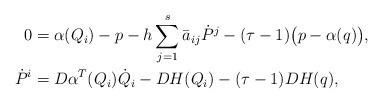
LaTeX: \begin{align*}0 &= \alpha(Q_i) - p - h \sum_{j=1}^s \bar a_{ij} \dot P^j - (\tau-1) \big( p-\alpha(q) \big), \\\dot P^i &= D\alpha^T(Q_i) \dot Q_i - DH(Q_i) - (\tau -1) DH(q),\end{align*}